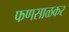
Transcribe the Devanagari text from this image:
फणसाळकर